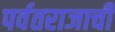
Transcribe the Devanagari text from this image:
पर्वतराजाची